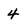
Character: 4